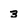
Character: 3